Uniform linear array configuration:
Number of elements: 4
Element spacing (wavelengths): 1
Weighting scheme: uniform
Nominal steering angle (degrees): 0
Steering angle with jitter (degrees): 1.946
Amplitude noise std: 0.05
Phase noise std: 0.05

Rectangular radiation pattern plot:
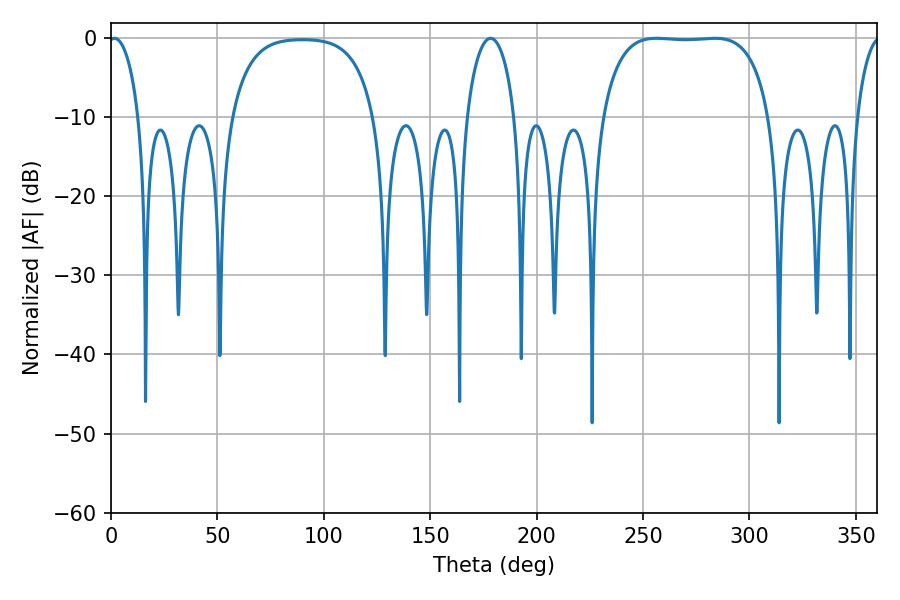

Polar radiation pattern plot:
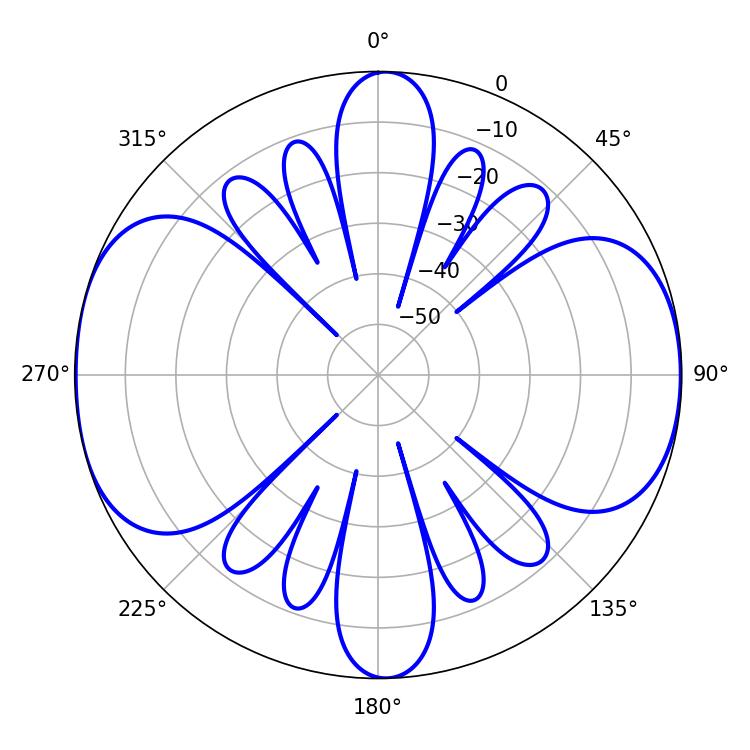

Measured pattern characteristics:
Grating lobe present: TRUE
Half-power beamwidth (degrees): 61.92
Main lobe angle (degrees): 283.68